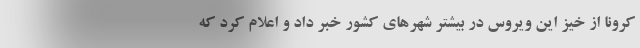
کرونا از خیز این ویروس در بیشتر شهرهای کشور خبر داد و اعلام کرد که